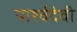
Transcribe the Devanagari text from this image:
पार्श्वदेवी